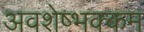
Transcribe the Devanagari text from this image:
अवशेष्भक्कम